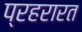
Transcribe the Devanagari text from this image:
प्रहरारत